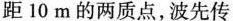
距10m的两质点，波先传